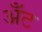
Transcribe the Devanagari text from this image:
अँट